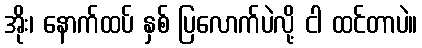
အိုး၊ နောက်ထပ် နှစ် ပြလောက်ပဲလို့ ငါ ထင်တာပဲ။